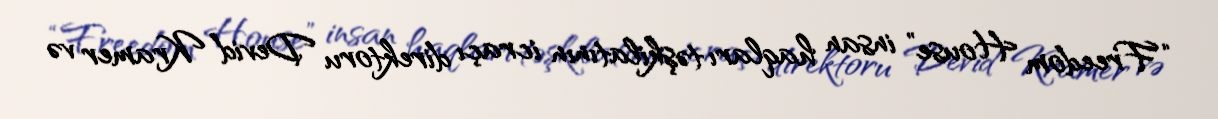
“Freedom House” insan haqları təşkilatının icraçı direktoru Devid Kramer və